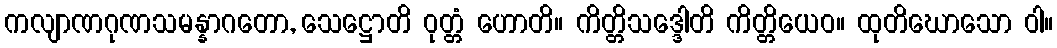
ကလျာဏဂုဏသမန္နာဂတော, သေဋ္ဌောတိ ဝုတ္တံ ဟောတိ။ ကိတ္တိသဒ္ဒေါတိ ကိတ္တိယေဝ။ ထုတိဃောသော ဝါ။